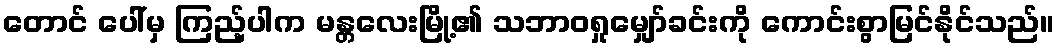
တောင် ပေါ်မှ ကြည့်ပါက မန္တလေးမြို့၏ သဘာဝရှုမျှော်ခင်းကို ကောင်းစွာမြင်နိုင်သည်။